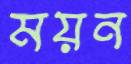
ময়ন